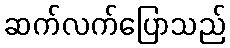
ဆက်လက်ပြောသည်